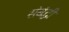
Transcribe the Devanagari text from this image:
संबंद्घी